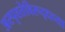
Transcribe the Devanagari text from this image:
अस्पृश्तेविरूद्धच्या